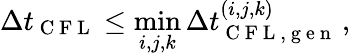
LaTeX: \Delta t_{\mathrm{~C~F~L~}}\le\operatorname*{min}_{i,j,k}\Delta t_{\mathrm{~C~F~L~,~g~e~n~}}^{(i,j,k)}\, ,